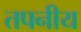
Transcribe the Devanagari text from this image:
तपनीय